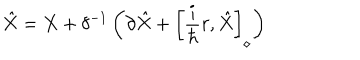
\hat { X } = X + \delta ^ { - 1 } \left( \partial \hat { X } + \left[ \frac { i } { \hbar } r , \hat { X } \right] _ { \diamond } \right)